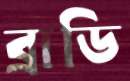
ব্রাডি